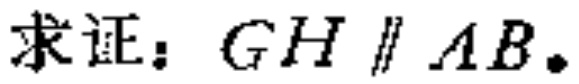
求证：$GH\parallel AB$.